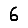
Digit: 6